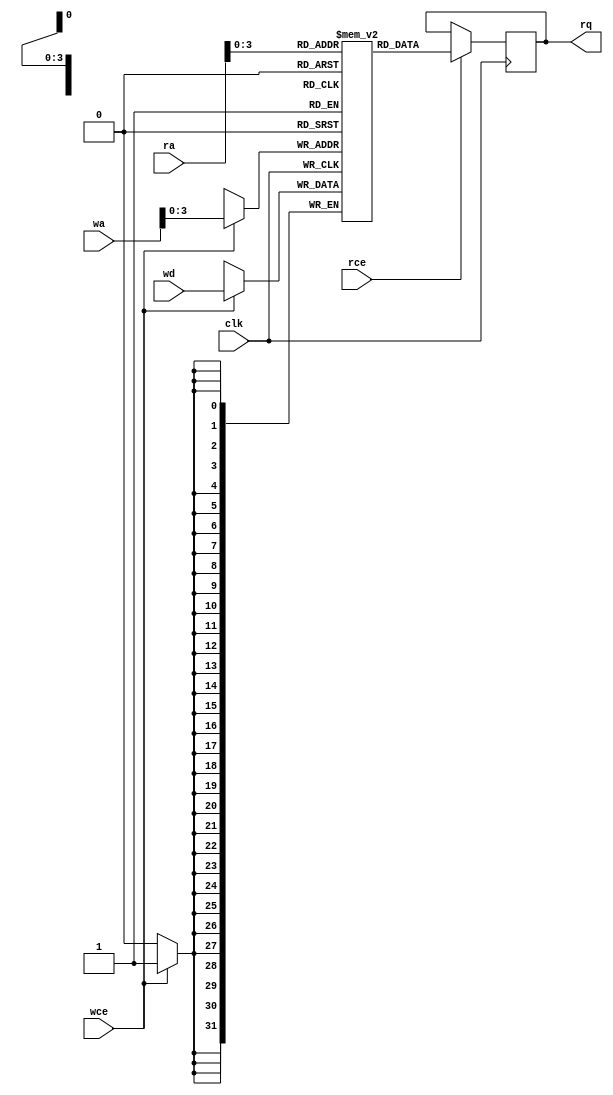
module BRAM #(parameter AWIDTH = 9,
parameter DWIDTH = 32)(
	clk,
	rce,
	ra,
	rq,
	wce,
	wa,
	wd
);

	input  clk;

	input                      rce;
	input      [AWIDTH-1:0] ra;
	output reg [DWIDTH-1:0] rq;

	input                      wce;
	input      [AWIDTH-1:0] wa;
	input      [DWIDTH-1:0] wd;

	reg        [DWIDTH-1:0] memory[0:AWIDTH-1];

	always @(posedge clk) begin
		if (rce)
			rq <= memory[ra];

		if (wce)
			memory[wa] <= wd;
	end

	integer i;
	initial
	begin
		for(i = 0; i < AWIDTH-1; i = i + 1)
			memory[i] = 0;
	end

endmodule

module BRAM_32x512(
	clk,
	rce,
	ra,
	rq,
	wce,
	wa,
	wd
);

parameter AWIDTH = 9;
parameter DWIDTH = 32;

	input  			clk;
	input                   rce;
	input      [AWIDTH-1:0] ra;
	output wire [DWIDTH-1:0] rq;
	input                   wce;
	input      [AWIDTH-1:0] wa;
	input      [DWIDTH-1:0] wd;

BRAM #(.AWIDTH(AWIDTH), .DWIDTH(DWIDTH))
	BRAM_32x512 (.clk(clk),
		 .rce(rce),
		 .ra(ra),
		 .rq(rq),
		 .wce(wce),
		 .wa(wa),
		 .wd(wd));

endmodule

module BRAM_16x1024(
	clk,
	rce,
	ra,
	rq,
	wce,
	wa,
	wd
);

parameter AWIDTH = 10;
parameter DWIDTH = 16;

	input  			clk;
	input                   rce;
	input      [AWIDTH-1:0] ra;
	output wire [DWIDTH-1:0] rq;
	input                   wce;
	input      [AWIDTH-1:0] wa;
	input      [DWIDTH-1:0] wd;

BRAM #(.AWIDTH(AWIDTH), .DWIDTH(DWIDTH))
	BRAM_16x1024 (.clk(clk),
		 .rce(rce),
		 .ra(ra),
		 .rq(rq),
		 .wce(wce),
		 .wa(wa),
		 .wd(wd));


endmodule

module BRAM_8x2048(
	clk,
	rce,
	ra,
	rq,
	wce,
	wa,
	wd
);

parameter AWIDTH = 11;
parameter DWIDTH = 8;

	input  			clk;
	input                   rce;
	input      [AWIDTH-1:0] ra;
	output wire [DWIDTH-1:0] rq;
	input                   wce;
	input      [AWIDTH-1:0] wa;
	input      [DWIDTH-1:0] wd;

BRAM #(.AWIDTH(AWIDTH), .DWIDTH(DWIDTH))
	BRAM_8x2048 (.clk(clk),
		 .rce(rce),
		 .ra(ra),
		 .rq(rq),
		 .wce(wce),
		 .wa(wa),
		 .wd(wd));


endmodule

module BRAM_4x4096(
	clk,
	rce,
	ra,
	rq,
	wce,
	wa,
	wd
);

parameter AWIDTH = 12;
parameter DWIDTH = 4;

	input  			clk;
	input                   rce;
	input      [AWIDTH-1:0] ra;
	output wire [DWIDTH-1:0] rq;
	input                   wce;
	input      [AWIDTH-1:0] wa;
	input      [DWIDTH-1:0] wd;

BRAM #(.AWIDTH(AWIDTH), .DWIDTH(DWIDTH))
	BRAM_4x4096 (.clk(clk),
		 .rce(rce),
		 .ra(ra),
		 .rq(rq),
		 .wce(wce),
		 .wa(wa),
		 .wd(wd));

endmodule